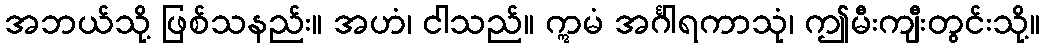
အဘယ်သို့ ဖြစ်သနည်း။ အဟံ၊ ငါသည်။ ဣမံ အင်္ဂါရကာသုံ၊ ဤမီးကျီးတွင်းသို့။